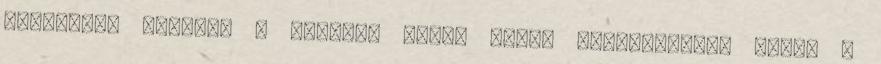
temetésén láttam. A kezében akkor fehér orgonacsokor volt, a